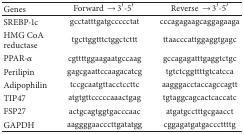
<table><thead><tr><td><b>Genes</b></td><td><b>Forward →3′-5′</b></td><td><b>Reverse →3′-5′</b></td></tr></thead><tbody><tr><td>SREBP-1c </td><td>gcctatttgatgccccctat</td><td>cccagagaagcaggagaaga</td></tr><tr><td>HMG CoA reductase </td><td>tgcttggtttctggctcttt</td><td>ttaacccattggaggtgagc</td></tr><tr><td>PPAR-<i>α</i></td><td>cgttttggaagaatgccaag</td><td>gccagagatttgaggtctgc</td></tr><tr><td>Perilipin</td><td>gagcgaattccaagacatcg</td><td>tgtctcggttttgtcatcca</td></tr><tr><td>Adipophilin</td><td>tccgcaatgttacctccttc</td><td>aagggacctaccagccagtt</td></tr><tr><td>TIP47</td><td>atgtgttcccccaaactgag</td><td>tgtaggcagcactcaccatc</td></tr><tr><td>FSP27</td><td>actgcagtggtgacccaac</td><td>atgatgcctttgcgaacct</td></tr><tr><td>GAPDH </td><td>aaggggaacccttgatatgg</td><td>cggagatgatgacccttttg</td></tr></tbody></table>